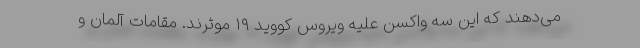
می‌دهند که این سه واکسن علیه ویروس کووید ۱۹ موثرند. مقامات آلمان و